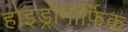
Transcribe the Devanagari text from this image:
हाइड्रोमॉर्फ़िक